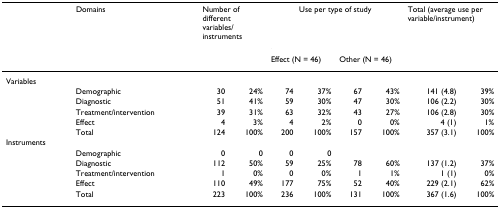
|  | Domains | <COLSPAN=2> Number of different variables/instruments | <COLSPAN=4> Use per type of study | <COLSPAN=2> Total (average use per variable/instrument) |
 |  |  |  |  | <COLSPAN=2> Effect (N = 46) | <COLSPAN=2> Other (N = 46) |  |  |
 | --- | --- | --- | --- | --- | --- | --- | --- | --- | --- |
 | Variables |  |  |  |  |  |  |  |  |  |
 |  | Demographic | 30 | 24% | 74 | 37% | 67 | 43% | 141 (4.8) | 39% |
 |  | Diagnostic | 51 | 41% | 59 | 30% | 47 | 30% | 106 (2.2) | 30% |
 |  | Treatment/intervention | 39 | 31% | 63 | 32% | 43 | 27% | 106 (2.8) | 30% |
 |  | Effect | 4 | 3% | 4 | 2% | 0 | 0% | 4 (1) | 1% |
 |  | Total | 124 | 100% | 200 | 100% | 157 | 100% | 357 (3.1) | 100% |
 | Instruments |  |  |  |  |  |  |  |  |  |
 |  | Demographic | 0 | 0 | 0 | 0 |  |  |  |  |
 |  | Diagnostic | 112 | 50% | 59 | 25% | 78 | 60% | 137 (1.2) | 37% |
 |  | Treatment/intervention | 1 | 0% | 0 | 0% | 1 | 1% | 1 (1) | 0% |
 |  | Effect | 110 | 49% | 177 | 75% | 52 | 40% | 229 (2.1) | 62% |
 |  | Total | 223 | 100% | 236 | 100% | 131 | 100% | 367 (1.6) | 100% |